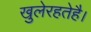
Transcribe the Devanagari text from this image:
खुलेरहतेहै।